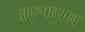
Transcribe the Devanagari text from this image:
अरूपध्यान